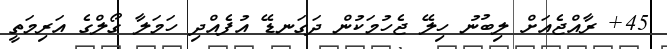
45+ ރާއްޖެއަށް ލިބުނު ހިލޭ ޖެހުމަކުން ދަގަނޑޭ އުފެއްދި ހަމަލާ ގޯލްގެ އަރިމަތީ